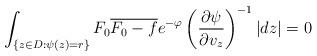
LaTeX: \begin{align*} \int_{\{z\in D:\psi(z)=r\}}F_0\overline{F_0-f} e^{-\varphi}\left(\frac{\partial \psi}{\partial v_z} \right)^{-1}|dz|=0\end{align*}